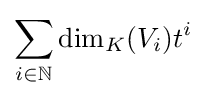
\sum _{i\in \mathbb {N} }\dim _{K}(V_{i})t^{i}